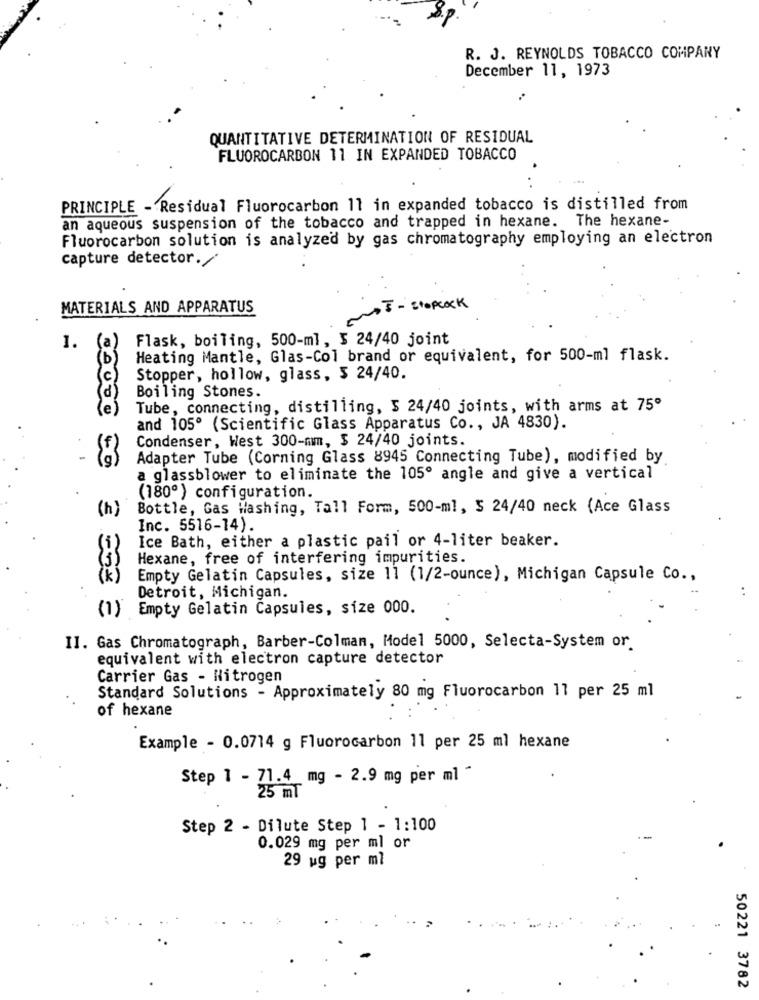
R. J. REYNOLDS TOBACCO COMPANY
December 11, 1973
QUANTITATIVE DETERMINATION OF RESIDUAL
FLUOROCARBON 11 IN EXPANDED TOBACCO
PRINCIPLE - Residual Fluorocarbon 11 in expanded tobacco is distilled from
an aqueous suspension of the tobacco and trapped in hexane. The hexane-
Fluorocarbon solution is analyzed by gas chromatography employing an electron
capture detector./
MATERIALS AND APPARATUS
NOT - StopCOCK
Flask, boiling, 500-ml, $ 24/40 joint
1.
Heating Mantle, Glas-Col brand or equivalent, for 500-ml flask.
Stopper, hollow, glass, $ 24/40.
Boiling Stones.
Tube, connecting, distilling, $ 24/40 joints, with arms at 75º
and 105º (Scientific Glass Apparatus Co ., JA 4830).
Condenser, West 300-mm, $ 24/40 joints.
Adapter Tube (Corning Glass 8945 Connecting Tube), modified by
a glassblower to eliminate the 105º angle and give a vertical
(180º) configuration.
(h)
Bottle, Gas Washing, Tall Form, 500-ml, S 24/40 neck (Ace Glass
Inc. 5516-14)
Ice Bath, either a plastic pail or 4-liter beaker.
Hexane, free of interfering impurities.
(k)
Empty Gelatin Capsules, size 11 (1/2-ounce), Michigan Capsule Co .,
Detroit, Michigan.
(1) Empty Gelatin Capsules, size 000.
II. Gas Chromatograph, Barber-Colman, Model 5000, Selecta-System or.
equivalent with electron capture detector
Carrier Gas - Nitrogen
Standard Solutions - Approximately 80 mg Fluorocarbon 11 per 25 ml
of hexane
Example - 0.0714 g Fluorocarbon 11 per 25 ml hexane
Step 1 - 71.4 mg - 2.9 mg per ml *
25 ml
Step 2 - Dilute Step 1 - 1:100
0.029 mg per ml or
29 ug per ml
50221 3782